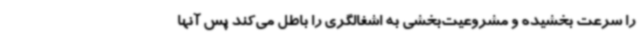
را سرعت بخشیده و مشروعیت‌بخشی به اشغالگری را باطل می‌کند پس آنها